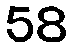
58